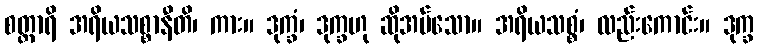
စတ္တာရိ အရိယသစ္စာနီတိ၊ ကား။ ဒုက္ခံ၊ ဒုက္ခဟု ဆိုအပ်သော။ အရိယသစ္စံ၊ လည်းကောင်း။ ဒုက္ခ